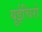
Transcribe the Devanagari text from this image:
यूईचिरो